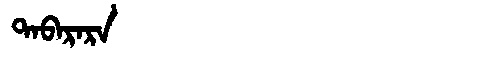
Manchu: ᡨᠠᠪᠠᡵᠠᡵᠠ
Romanization: TABARARA